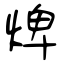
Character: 焷